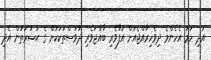
އަދި ހަމަ އެހެންމެ ދިވެހިރާއްޖެއަށް އުފާވެރި ބާއްޖަވެރި ދުވަސްތަކަކަށް ގެ ޙަޟުރަތުން އެދި